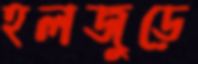
হলজুড়ে